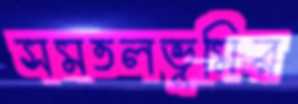
সমতলভূমির